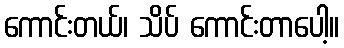
ကောင်းတယ်၊ သိပ် ကောင်းတာပေါ့။